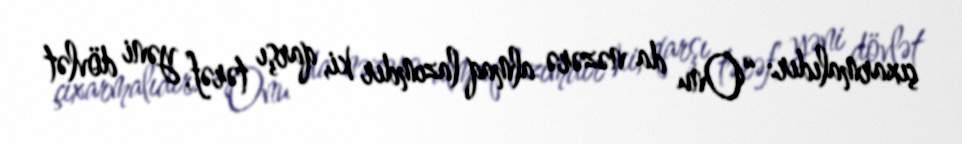
çıxarmalıdır: “Onu da nəzərə almaq lazımdır ki, qarşı tərəf, yəni dövlət